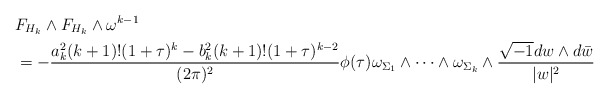
\begin{align*}&F_{H_{k}}\wedge F_{H_{k}}\wedge\omega^{k-1}\\&=-\frac{a_{k}^{2}(k+1)!(1+\tau)^{k}-b_{k}^{2}(k+1)!(1+\tau)^{k-2}}{(2\pi)^{2}}\phi(\tau)\omega_{\Sigma_{1}}\wedge\dots\wedge\omega_{\Sigma_{k}}\wedge\frac{\sqrt{-1}dw\wedge d\bar{w}}{\lvert w\rvert^{2}}\end{align*}